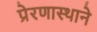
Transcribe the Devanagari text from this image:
प्रेरणास्थाने